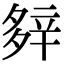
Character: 𨐔